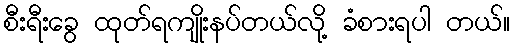
စီးရီးခွေ ထုတ်ရကျိုးနပ်တယ်လို့ ခံစားရပါ တယ်။